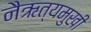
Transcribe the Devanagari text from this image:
नैऋत्यमुखी